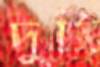
দুনি